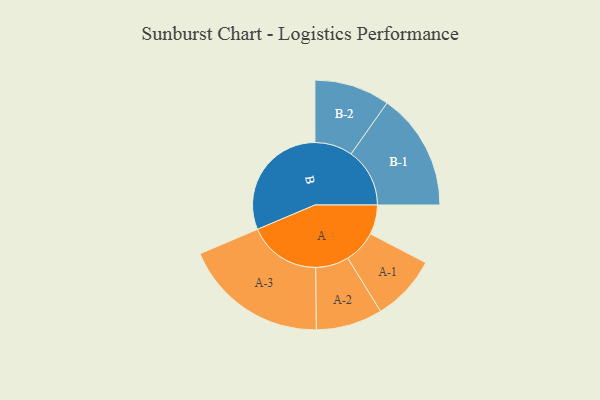
{"axis": {"x": "Segment", "y": "Value"}, "legend": ["", "A", "B"], "data": [{"x": "A", "y": 117, "type": ""}, {"x": "B", "y": 480, "type": ""}, {"x": "A-1", "y": 131, "type": "A"}, {"x": "A-2", "y": 132, "type": "A"}, {"x": "A-3", "y": 288, "type": "A"}, {"x": "B-1", "y": 233, "type": "B"}, {"x": "B-2", "y": 150, "type": "B"}]}